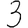
Digit: 3